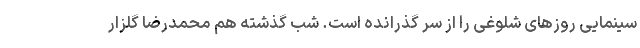
سینمایی روزهای شلوغی را از سر گذرانده است. شب گذشته هم محمدرضا گلزار